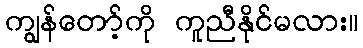
ကျွန်တော့်ကို ကူညီနိုင်မလား။